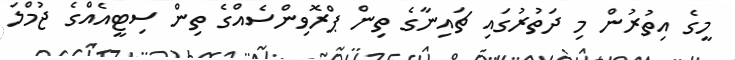
މީގެ އިތުރުން މި ދަތުރުގައި ޗައިނާގެ ތިން ޕްރޮވިންސެއްގެ ތިން ސިޓީއެއްގެ ޖުމްލަ